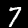
Label: 7